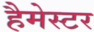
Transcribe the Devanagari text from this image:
हैमेस्टर